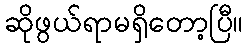
ဆိုဖွယ်ရာမရှိတော့ပြီ။